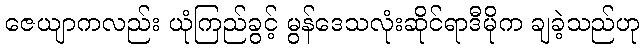
ဇေယျာကလည်း ယုံကြည်ခွင့် မွန်ဒေသလုံးဆိုင်ရာဒီမိုက ချခဲ့သည်ဟု